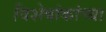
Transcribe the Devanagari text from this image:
विशेषांकांच्या